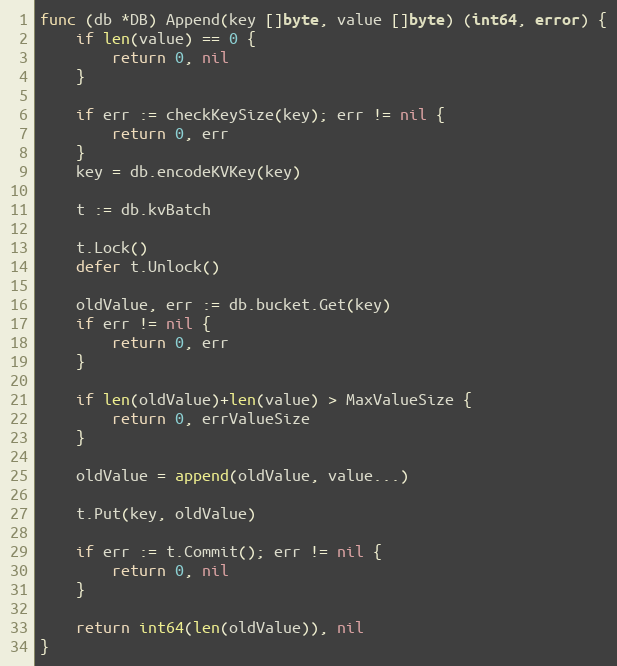
Language: Go
func (db *DB) Append(key []byte, value []byte) (int64, error) {
	if len(value) == 0 {
		return 0, nil
	}

	if err := checkKeySize(key); err != nil {
		return 0, err
	}
	key = db.encodeKVKey(key)

	t := db.kvBatch

	t.Lock()
	defer t.Unlock()

	oldValue, err := db.bucket.Get(key)
	if err != nil {
		return 0, err
	}

	if len(oldValue)+len(value) > MaxValueSize {
		return 0, errValueSize
	}

	oldValue = append(oldValue, value...)

	t.Put(key, oldValue)

	if err := t.Commit(); err != nil {
		return 0, nil
	}

	return int64(len(oldValue)), nil
}